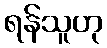
ရန်သူဟု